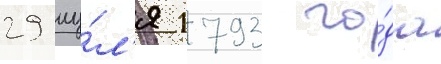
29 иу́л'я 1793 го́да